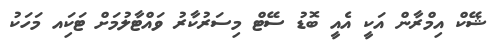
ޝޭކް އިމްރާން އަކީ އެއީ ބޮޑު ސޭޓް މިސަރުކާރު ވައްޓާލުމަށް ޓަކަިއ މަހަކު